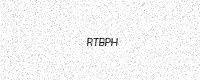
Text: RTBPH